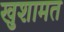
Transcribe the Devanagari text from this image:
खुशामत